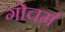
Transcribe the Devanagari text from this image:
गोचर्म